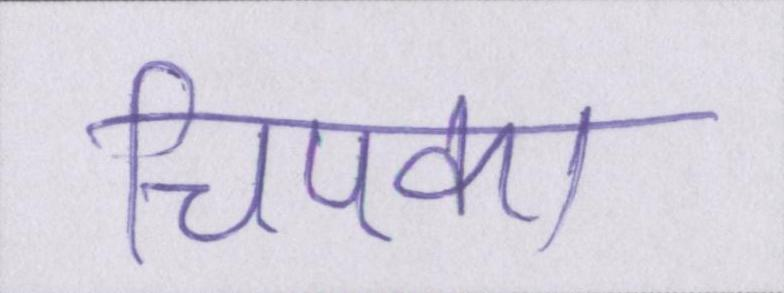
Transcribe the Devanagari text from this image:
चिपका